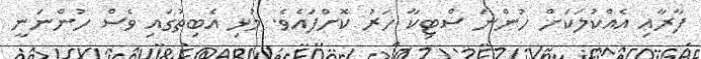
ފާރާއި އެއްކުލަކަށް ހުންނަ ސްޓިކާ ހަރު ކޮށްފައެވެ. މުޅި އެބިތުގައި ވެސް ހުންނަނީ